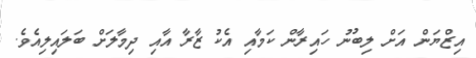
އިޒްޔަން އަށް ލިބުނު ހައިރާން ކަމާއި އެކު ޒާރާ އާއި ދިމާލަށް ބަލައިލިއެވެ.